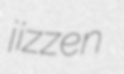
jizzen